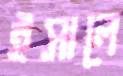
ইসালে